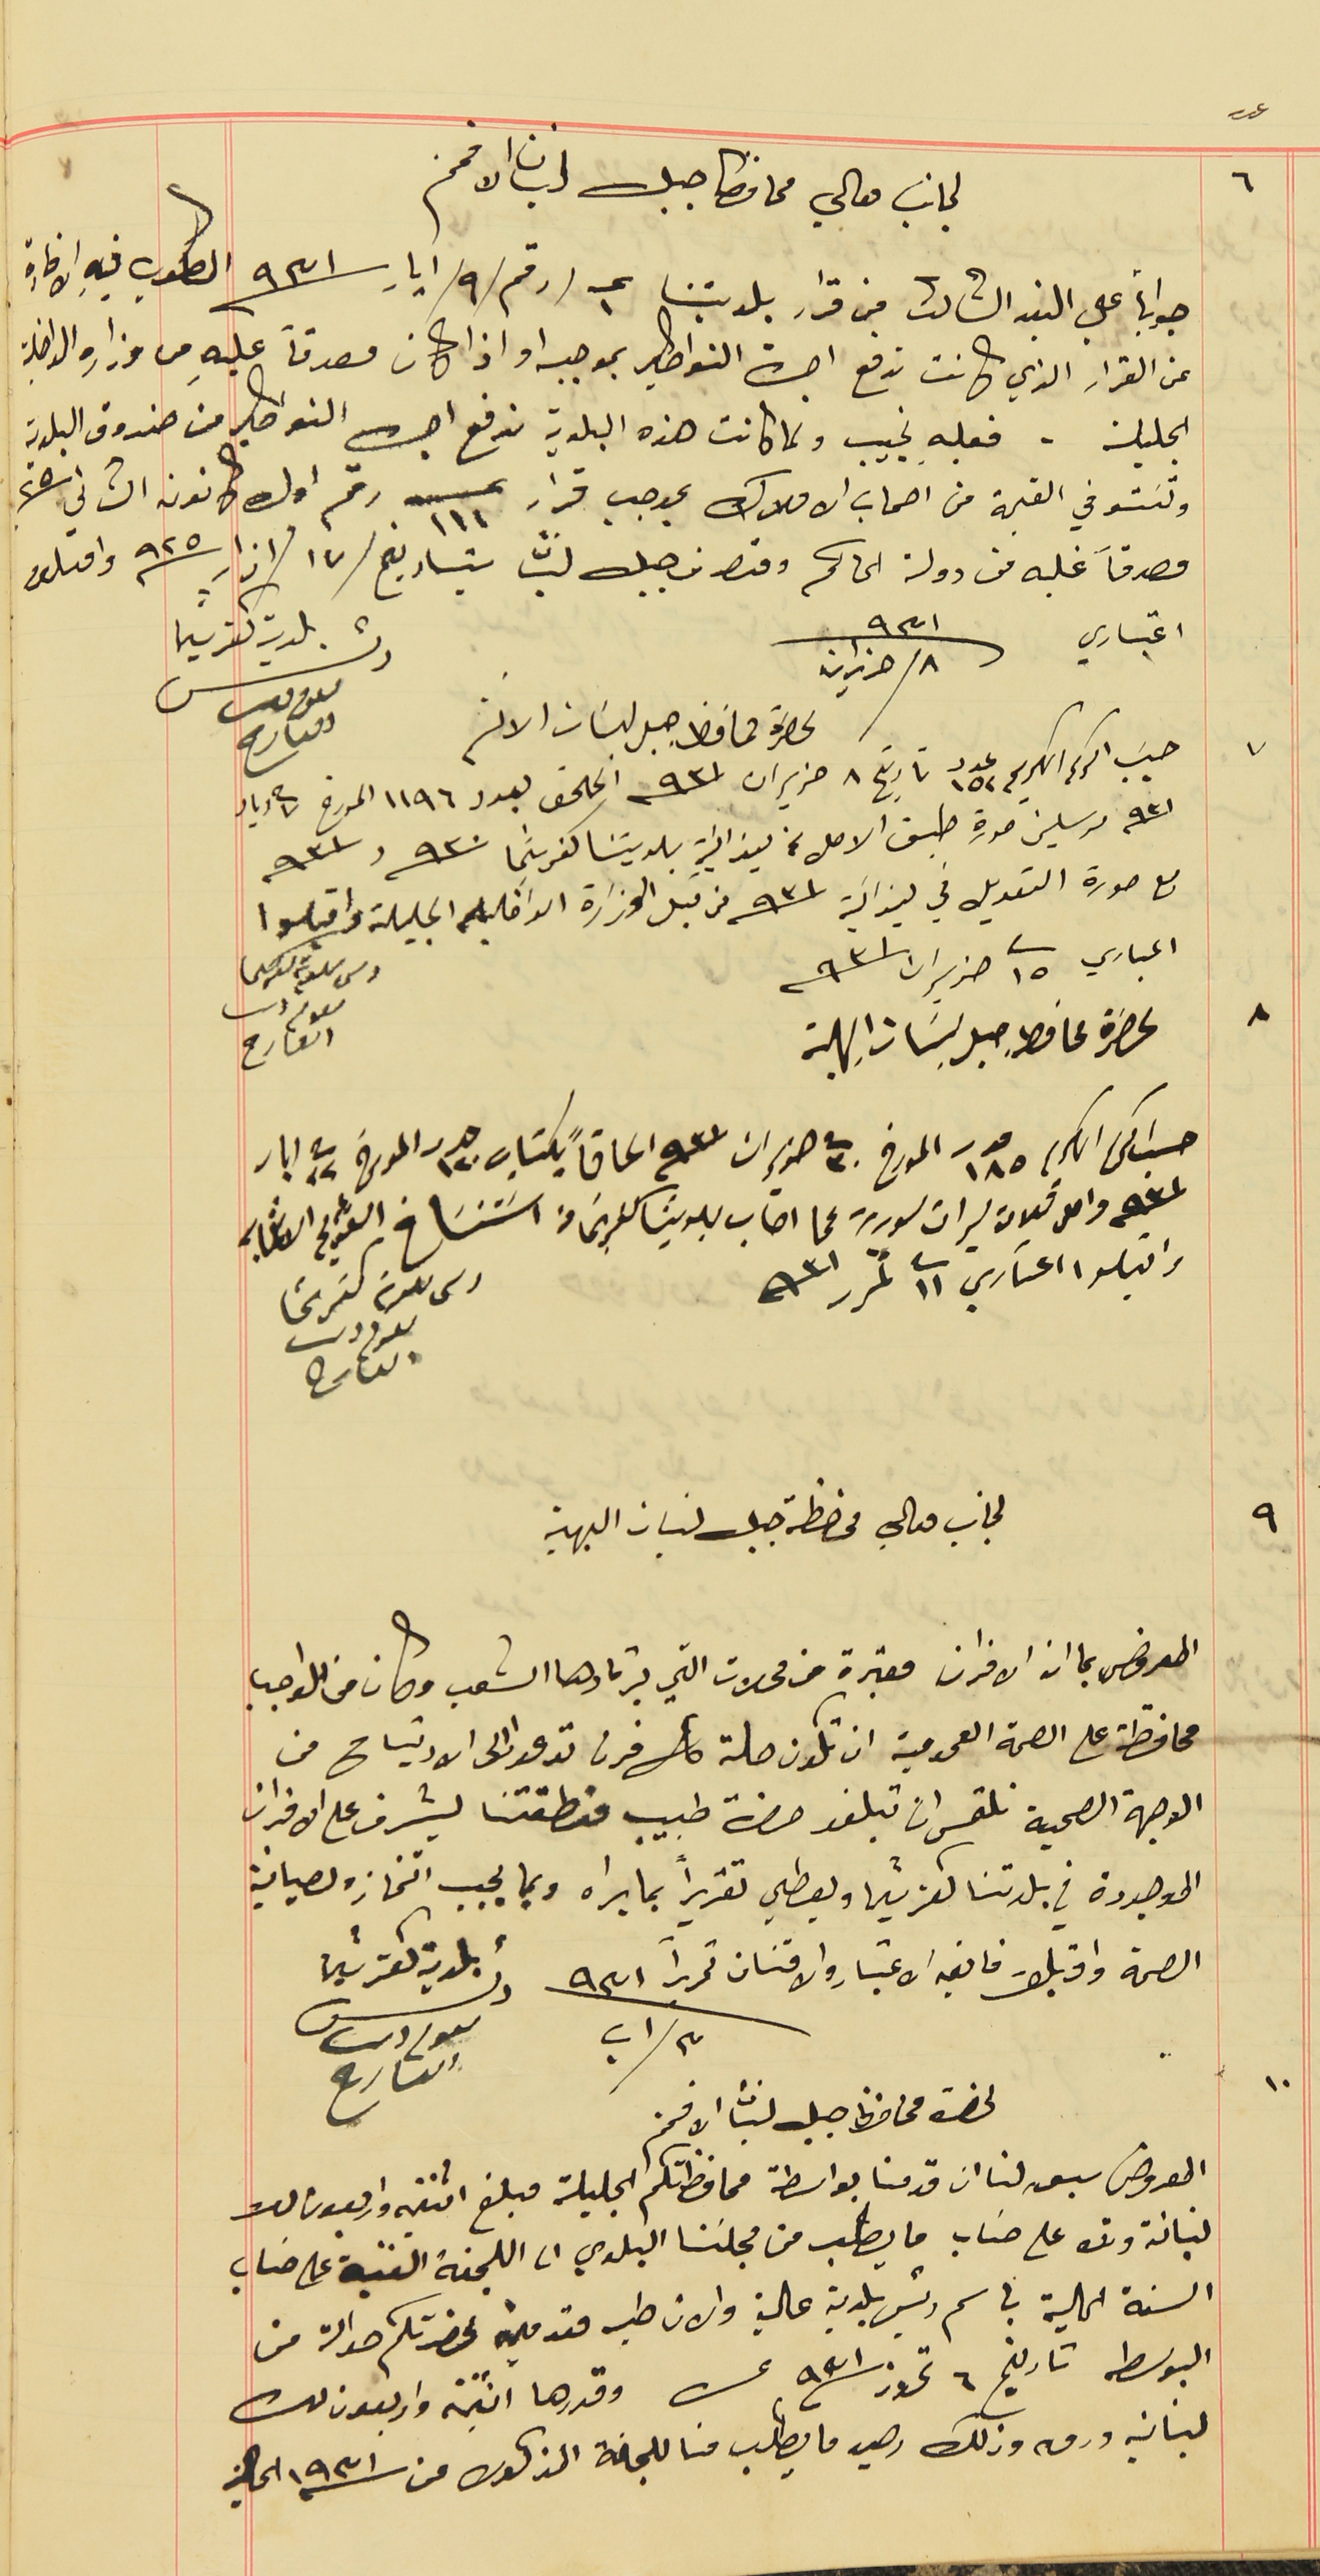
عدد ٦
لجانب معالي محافظ جبل لبنان الافخم
 جواباً على البند الثالث من قرار بلديتنا عـ ١ /رقم/٩/ ايار سنة ٩٣١ المطلوب فيه الافادة
عن القرار الذي كانت تدفع اجرة النواطير بموجبه او اذا كان مصدقاً عليهِ من وزارة الداخلية
الجليلة . فعليه نجيب ولما كانت هذه البلدية تدفع اجرة النواطير من صندوق البلدية
وتسَتوفي القيمة من اصحاب الاملاك بموجب قرار عــ ١١١ رقم اول كانون الثاني سنة ٢٥
مصدقاً عليه من دولة الحاكم ومتصرف جبل لبنان بتاريخ /١٧ /اذار سنة ٩٢٥ واقبلوا
اعتباري
بلدية كفرشيما رئىس ىعوم دىب العارح
حسَب امركم الكريم عدد ١٥٢ تاريخ ٨ حزيران سنة ٩٣١ الملحق بعدد ١١٩٦ المورخ فى ٧ أيار
  سنة ٩٣١ مرسلين صورة طبق الاصل عن ميزانيَة بلديتنا كفرشيما سنة ٩٣٠ وسنة ٩٣١
لحضرة محافظ جبل لبنان الافخم
مع صورة التعديل في ميزانية سنة ٩٣١ من قبل الوزارة الداخيله الجليلة واقبلوا
 اعىباري فى ٢٥ حزيران  سنة ٩٣١
لحضرة محافط جبل لبنان البهية
 حسَب امركم الكريم عدد ١٨٥ المورخ فى ٣٠ حزيران سنة ٩٣١ الحاقاً بكتاب عدد ١٢٠ المورخ فى ٢٢ ايار
واقبلوا اعتىاري فى ١١ تمرر سنة ٩٣١

لجانب معالي محافظة جبل لبنان البهية
المعروض بما ان الافران معتبرة من محلات التي يرتادها الشعب وكان من الواجب
محافظة على الصحة العمومية ان تكون حلة  كل فرن تدعوا الى الارتياح من
 الوجهة الصحية نلتمس ان تبلغو حضرة طبيب منطقتنا ليشرف على الافران
الموجودة في بلدتنا كفرشيما ويعطي تقريراً بما يراه وبما يجب اتخاذه لصيانية
 الصحة واقبلوا فايق الاعتبار والامتنان تحريراً  ٣ اب سنة ٩٣١
بلدية كفرشيما رئىس ىعوم دىب العارح
 لحضرة محافظ جبل لبنان الافخم
 المعروض سبق لنا ان قدمنا بواسطة محافظتكم الجليلة مبلغ اثنتين واربعون ليرة
لبنانـة وذلك على حسَاب ما يطلب من مجلسَنا البلدي الى اللجنة الفنية على حسَاب
السنة الحالية باسم رئيس بلدية عالية والان طيه مقدمين لحضرتكم حوالة من
البوسطه تاريخ ٦ تموز سنة ٩٣١ عن وقدرها اثنتين واربعون ليرة
لبنانيه ورق وذلك رصيد ما يطلب منا للجنة المذكوره عن سنة ١٩٣١ الحالية
٨ حزيران سنة ٩٣١
رىس ىلدية كفرشيما ىعوم دىب العارح
٧
٨
٩
سنه ٩٣١ واصل تلات ليرات سورية عما اصاب بلديتا كفرشيما من اسَتنساخ عن القديم الانتها به
رىس ىلدية كفرشىما ىعوم دىب العارح
١٠